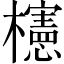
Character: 櫶